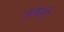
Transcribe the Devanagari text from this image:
ज़केरी